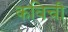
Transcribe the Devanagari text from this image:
कविची